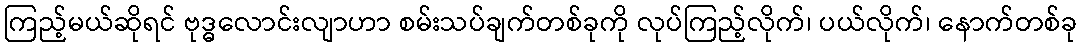
ကြည့်မယ်ဆိုရင် ဗုဒ္ဓလောင်းလျာဟာ စမ်းသပ်ချက်တစ်ခုကို လုပ်ကြည့်လိုက်၊ ပယ်လိုက်၊ နောက်တစ်ခု